Sanitation, dispensaries and jails vaccination Rajputana 1922-1927 - 1922-1927
Year: 1922
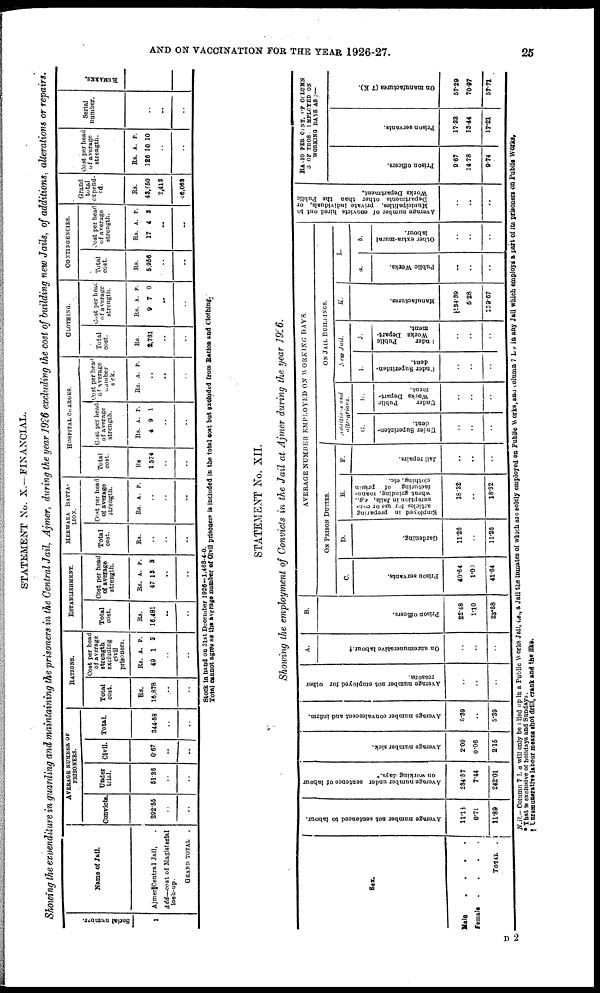
AND ON VACCINATION FOR THE YEAR 1926-27.
25
STATEMENT No. X.—FINANCIAL.
Showing the expenditure in guarding and maintaining the prisoners in the Central Jail, Ajmer, during the year 1926 excluding the cost of building new Jails, of additions, alterations or repairs.
Serial number.
1
Name of Jail.
Ajmer Central Jail, .
Add—cost of Magisterial
look-up.
GRAND TOTAL .
AVERAGE NUMBER OF
PRISONERS.
Convicts.
292.55
..
..
Under
trial.
51.36
..
..
Civil.
0.67
..
..
Total.
344.58
..
..
RATIONS.
Total
cost.
Rs.
16,878
..
..
Cost per head
of average
strength
excluding
civil
prisoners.
Rs.
40
A.
1
P.
3
..
..
ESTABLISHMENT.
Total
cost.
Rs.
16,481
..
..
Cost per head
of average
strength.
Rs.
47
A.
13
P.
3
..
..
MERWARA BATTA-
----.
Total
cost.
Rs.
..
..
..
Cost per head
of average
strength.
Rs. A. P.
..
..
..
HOSPITAL CHARGES.
Total
cost.
Rs
1,574
..
..
Cost per head
of average
strength.
Rs.
4
A.
9
P.
1
..
..
Cost per head
of average
number
sick.
Rs. A. P.
..
..
..
CLOTHING.
Total
cost.
Rs.
2,761
..
..
Cost per head
of average
strength.
Rs.
9
A.
7
P.
0
..
..
CONTINGENCIES.
Total
cost.
Rs.
5,956
..
..
Cost per hear
of average
strength.
Rs.
17
A.
4
P.
3
..
..
Grand
total
expend-
ed.
Rs.
43,650
2,413
6,063
Cost per head
of average
strength.
Rs.
126
A.
10
P.
10
..
..
Serial
number.
..
..
..
REMARKS.
Stock in hand on 31st December 1926—1,463-4-0.
Total cannot agree as the average number of Civil prisoners is included in the total cost but excluded from Ration and Clothing.
STATEMENT No. XII.
Showing the employment of Convicts in the Jail at Ajmer during the year 1926.
Sex.
Male
.
.
.
.
.
Female
.
.
.
.
TOTAL
.
Average number not sentenced to labour.
11.18
0.71
11.89
Average number under sentence of labour
on working days.*
234.57
7.44
242.01
Average number sick.
2.09
0.06
2.15
Average number convalescent and infirm.
5.39
..
5.39
Average number not employed for other
reasons.
..
..
..
A.
On unremunerative labour.†
..
..
..
B.
Prison officers.
22.48
1.10
23.58
AVERAGE NUMBER EMPLOYED ON WORKING DAYS.
ON PRISON DUTIES.
C.
Prison servants.
40.64
1.00
41.64
D.
Gardening.
11.26
..
11.26
E.
Employed in preparing
articles for use or con-
sumption in Jails, e.g.,
wheat grinding, manu-
facturing of prison
clothing, etc.
18.32
..
18.32
F.
Jail repairs.
..
..
..
ON JAIL BUILLDINGS.
Additions and
alterations.
G.
Under Superinten-
dent.
..
..
..
H.
Under
Public
Works Depart-
ment.
..
..
..
New Jail.
I.
Under Superinten-
dent.
..
..
..
J.
Under
Public
Works Depart-
ment.
..
..
..
K.
Manufactures.
134.39
5.28
139.67
L.
a.
Public Works.
..
..
..
b.
Other extra-mural
labour.
..
..
..
Average number of convicts hired out to
Municipalities, private individuals, or
Departments other than the Public
Works Department.
..
..
..
RATIO PER CENT. OF COLUMN
3 OF THOS EMPLOYED ON
WORKING DAYS AS :—
Prison officers.
9.67
14.78
9.74
Prison servants.
17.33
13.44
17.21
On manufactures (7 K).
57.29
70.97
57.71
N.B.— Column 7 L a will only be filled up in a Public Works Jail, i,e, a Jail the inmates of which are solely employed on Public Works, and column 7 L b in any Jail which employs a part of its prisoners on Public Works.
* That is exclusive of holidays and Sundays.
† Unremunerative labour means shot drill, crank and the like.
D 2